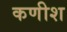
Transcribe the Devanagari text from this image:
कणीश